Vaccination in Bombay 1889-1901 - 1889-1901
Year: 1889
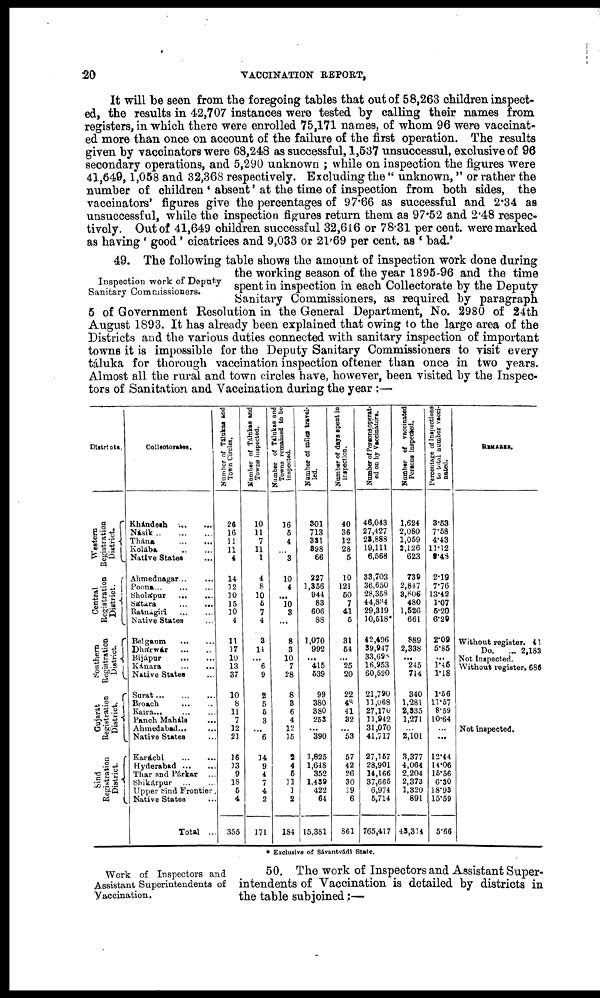
20
VACCINATION REPORT,
It will be seen from the foregoing tables that out of 58,263 children inspect-
ed, the results in 42,707 instances were tested by calling their names from
registers, in which there were enrolled 75,171 names, of whom 96 were vaccinat-
ed more than once on account of the failure of the first operation. The results
given by vaccinators were 68,248 as successful, 1,537 unsuccessul, exclusive of 96
secondary operations, and 5,290 unknown ; while on inspection the figures were
41,649, 1,058 and 32,368 respectively. Excluding the " unknown," or rather the
number of children ' absent' at the time of inspection from both sides, the
vaccinators' figures give the percentages of 97.66 as successful and 2.34 as
unsuccessful, while the inspection figures return them as 97.52 and 2.48 respec-
tively. Out of 41,649 children successful 32,616 or 78.31 per cent. were marked
as having ' good ' cicatrices and 9,033 or 21.69 per cent. as ' bad.'
Inspection work of Deputy
Sanitary Commissioners.
49. The following table shows the amount of inspection work done during
the working season of the year 1895-96 and the time
spent in inspection in each Collectorate by the Deputy
Sanitary Commissioners, as required by paragraph
5 of Government Resolution in the General Department, No. 2980 of 24th
August 1893. It has already been explained that owing to the large area of the
Districts and the various duties connected with sanitary inspection of important
towns it is impossible for the Deputy Sanitary Commissioners to visit every
táluka for thorough vaccination inspection oftener than once in two years.
Almost all the rural and town circles have, however, been visited by the Inspec-
tors of Sanitation and Vaccination during the year :—
Districs.
Western
Registration
District.
Central
Registration
District.
Southern
Registration
District.
Gujarát
Registration
District.
Sìnd
Registration
District.
Collectorates.
Khándesh...
...
Násik ... ... ...
Thána
...
...
Kolába
...
...
Native States ...
Ahmednagar... ...
Poona... ... ...
Sholápur
... ...
Sátára
...
...
Ratnágiri ... ... ...
Native States ...
Belgaum
...
...
Dhárwàr
...
...
Bijápur
...
...
Kánara
...
...
Native States ...
Surat ... ... ...
Broach ... ... ...
Kaira...
Panch Maháls ...
Ahmedabad... ...
Native States ...
Karáchi ... ...
Hyderabad ... ...
Thar and Párkar ...
Shikárpur ... ...
Upper Sind Frontier.
Native States ...
Total ...
Number of Tálukas and
Town Circles.
26
16
11
11
4
14
12
10
15
10
4
11
17
10
13
37
10
8
11
7
12
21
16
13
9
18
6
4
355
Number of Tálukas and
Towns inspected.
10
11
7
11
1
4
8
10
5
7
4
3
14
...
6
9
2
5
5
3
...
6
14
9
4
7
4
2
171
Number of Tálukas and
Towns remained to be
inspected.
16
5
4
...
3
10
4
...
10
3
...
8
3
10
7
28
8
3
6
4
12
15
2
4
5
11
1
2
184
Number of miles travel-
led.
301
713
331
398
66
227
1,356
944
83
606
88
1,070
992
...
415
539
99
380
380
253
...
390
1,825
1,648
352
1,439
422
64
15,381
Number of days spent in
inspection.
40
36
12
28
5
10
121
50
7
41
5
31
54
...
25
20
22
48
41
32
...
53
57
42
26
30
19
6
861
Number of Persons operat-
ed on by Vaccináters.
46,043
27,427
23,888
19,111
6,568
33,703
36,650
28,358
44,884
29,319
10,518*
42,496
39,947
33,698
16,953
60,520
21,790
11,068
27,170
11,942
31,070
41,717
27,157
28,901
14,166
37,665
6,974
5,714
765,417
Number of vaccinated
Persons inspected.
1,624
2,080
1,059
2,126
623
739
2,847
3,806
480
1,526
661
889
2,338
...
245
714
340
1,281
2,335
1,271
...
2,101
3,377
4,064
2,204
2,373
1,320
891
43,314
Percentage of Inspections
to total number vacci-
nated.
3.53
7.58
4.43
11.12
0.48
2.19
7.76
13.42
1.07
5.20
6.29
2.09
5.85
...
1.46
1.18
1.56
11.57
8.59
10.64
...
...
12.44
14.06
15.56
6.30
18.93
15.59
5.66
REMARKS.
Without register. 41
Do.
... 2,182
Not Inspected.
Without register. 686
Not inspected.
* Exclusive of Sávantvádi State.
Work of Inspectors and
Assistant Superintendents of
Vaccination.
50. The work of Inspectors and Assistant Super-
intendents of Vaccination is detailed by districts in
the table subjoined;—